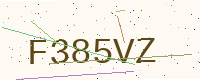
Text: F385VZ